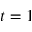
t = 1